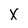
Character: X